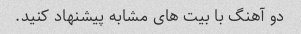
دو آهنگ با بیت های مشابه پیشنهاد کنید.